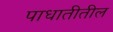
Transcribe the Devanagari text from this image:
पाधातीतील